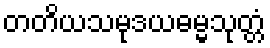
တတိယသမုဒယဓမ္မသုတ္တံ